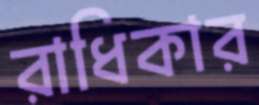
রাধিকার